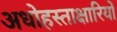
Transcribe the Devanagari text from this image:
अधोहस्ताक्षारियों